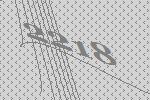
2218